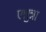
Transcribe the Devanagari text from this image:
एश्नुन्ना